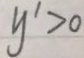
y ^ { \prime } > 0